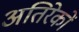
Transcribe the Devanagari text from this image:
अतिरेकों